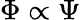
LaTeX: \Phi\propto\Psi